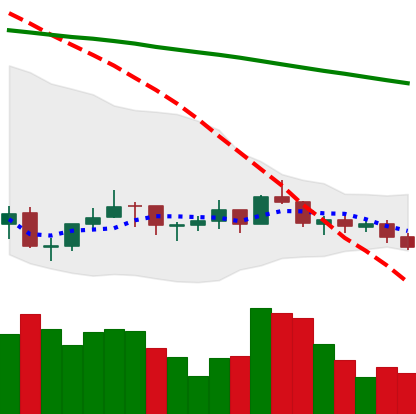
Ticker: LINK-USD
Chart end date: 2021-07-13
Forward return: -8.086%
Label: down_7plus